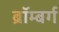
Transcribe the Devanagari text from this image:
ब्रॉम्बर्ग